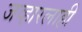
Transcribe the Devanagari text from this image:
जव्हारलाही